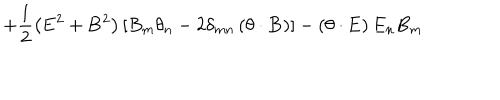
+ \frac 1 2 \left( { \bf E } ^ { 2 } + { \bf B } ^ { 2 } \right) \left[ B _ { m } \theta _ { n } - 2 \delta _ { m n } \left( { \bf \theta } \cdot { \bf B } \right) \right] - \left( { \bf \theta } \cdot { \bf E } \right) E _ { n } B _ { m }